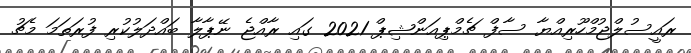
ރައީސުލްޖުމްހޫރިއްޔާ ސާފް ޗެމްޕިއަންޝިޕް 2021 ގައި ރާއްޖެ ނޭޕާލާ ބައްދަލުކުރި ފުރަތަމަ މެޗު